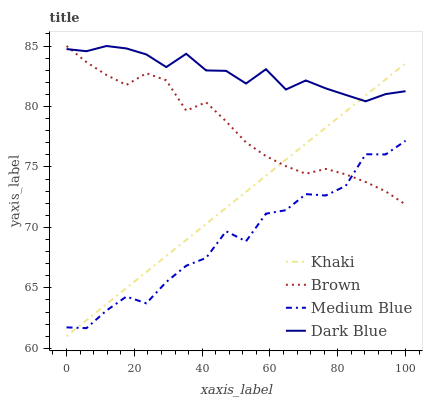
| xaxis_label | Khaki | Brown | Medium Blue | Dark Blue |
 | --- | --- | --- | --- | --- |
 | 0 | 61 | 85 | 61.7 | 84.7 |
 | 5.88 | 62.3 | 83.7 | 61.7 | 84.6 |
 | 11.8 | 63.7 | 82.6 | 63.1 | 85 |
 | 17.6 | 65 | 81.8 | 64.3 | 84.8 |
 | 23.5 | 66.3 | 82.7 | 63.7 | 84.3 |
 | 29.4 | 67.6 | 82.2 | 65.5 | 83.3 |
 | 35.3 | 69 | 79.7 | 66.8 | 84.4 |
 | 41.2 | 70.3 | 80.3 | 67.5 | 83 |
 | 47.1 | 71.6 | 78.8 | 69.7 | 82.9 |
 | 52.9 | 72.9 | 77 | 68.9 | 81.9 |
 | 58.8 | 74.3 | 75.9 | 71.1 | 83.1 |
 | 64.7 | 75.6 | 75.1 | 71.4 | 81.4 |
 | 70.6 | 76.9 | 74.4 | 72.8 | 82.2 |
 | 76.5 | 78.3 | 74.8 | 72.6 | 81.5 |
 | 82.4 | 79.6 | 74.4 | 73.4 | 81 |
 | 88.2 | 80.9 | 73.8 | 76.1 | 80.4 |
 | 94.1 | 82.2 | 73 | 76 | 81 |
 | 100 | 83.6 | 71.9 | 77.2 | 81.3 |